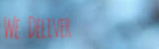
We Deliver